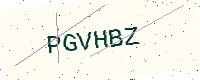
Text: PGVHBZ